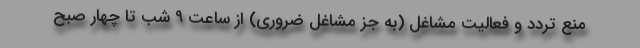
منع تردد و فعالیت مشاغل (به جز مشاغل ضروری) از ساعت ۹ شب تا چهار صبح